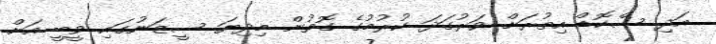
އަދި ސްކޮޑް އިތުރަށް ވަރުގަދަ ކުރުމުގެ ގޮތުން މިދިޔަ ސީޒަނުގައި ވީބީ އަށް